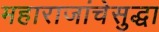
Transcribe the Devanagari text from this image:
महाराजांचेसुद्धा